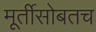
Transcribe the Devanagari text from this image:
मूर्तीसोबतच